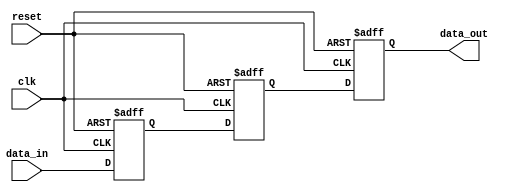
module synchronizer(
    input wire clk, // Clock signal
    input wire reset, // Reset signal
    input wire data_in, // Input data signal to be synchronized
    output reg data_out // Synchronized output data signal
);

reg flop1, flop2, flop3; // Define flip-flops 

always @(posedge clk or posedge reset) begin
    if (reset) begin
        flop1 <= 1'b0;
        flop2 <= 1'b0;
        flop3 <= 1'b0;
    end else begin
        flop1 <= data_in;
        flop2 <= flop1;
        flop3 <= flop2;
    end
end

assign data_out = flop3; // Synchronized output signal

endmodule